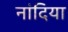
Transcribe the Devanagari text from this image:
नांदिया